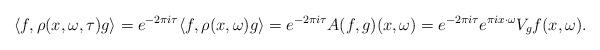
LaTeX: \begin{align*}\langle f, \rho(x, \omega, \tau) g \rangle = e^{-2 \pi i \tau} \langle f, \rho(x,\omega) g \rangle = e^{-2 \pi i \tau} A(f,g)(x,\omega) = e^{-2 \pi i \tau} e^{\pi i x \cdot \omega} V_g f(x, \omega).\end{align*}